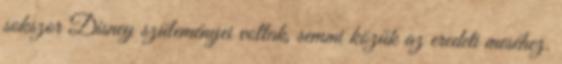
sokszor Disney szüleményei voltak, semmi közük az eredeti meséhez.